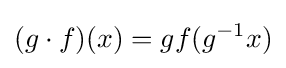
(g\cdot f)(x)=gf(g^{-1}x)